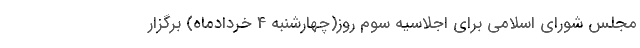
مجلس شورای اسلامی برای اجلاسیه سوم روز(چهارشنبه 4 خردادماه) برگزار